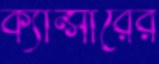
ক্যান্সারের